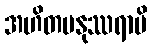
အဟိတမနုဿရာမိ